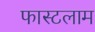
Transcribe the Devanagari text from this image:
फास्टलाम